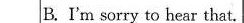
B.I'm sorry to hear thatr?